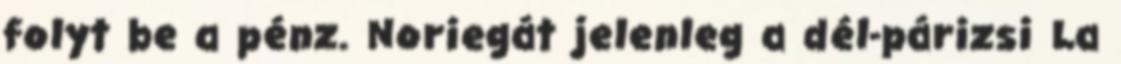
folyt be a pénz. Noriegát jelenleg a dél-párizsi La